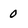
Character: 0